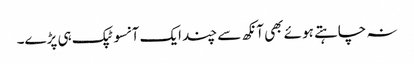
نہ چاہتے ہوئے بھی آنکھ سے چند ایک آنسو ٹپک ہی پڑے۔